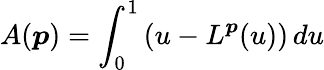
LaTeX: A(\boldsymbol{p})=\int_{0}^{1}\left(u-L^{\boldsymbol{p}}(u)\right)\, du